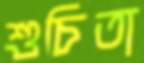
শুচিতা